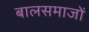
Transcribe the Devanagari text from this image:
बालसमाजों